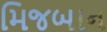
મિજબાન